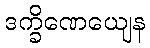
ဒက္ခိဏေယျေန